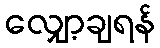
လျှော့ချရန်